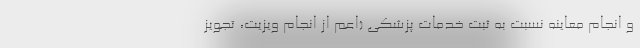
و انجام معاینه نسبت به ثبت خدمات پزشکی (اعم از انجام ویزیت، تجویز